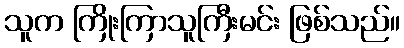
သူက ကြိုးကြာသူကြီးမင်း ဖြစ်သည်။